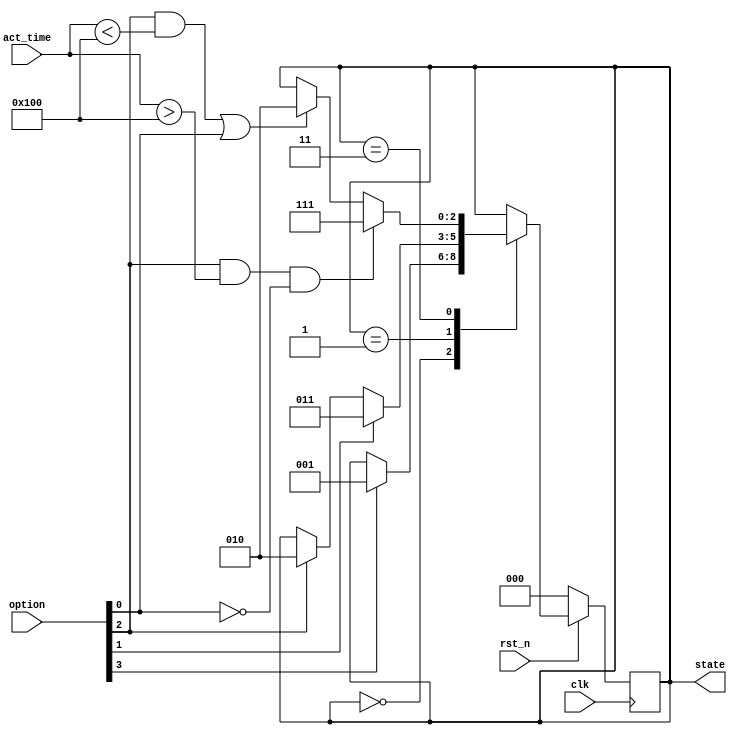
module fsm (
    input [3:0] option,//{start,react,get_rand,time_out}
    input [15:0] act_time,//
    input clk,
    input rst_n,//
    output reg[2:0] state//
);

//S0
//S1start----
//S3||||
//S2fail
//S4
parameter S0 = 3'b000, S1 = 3'b001, S2 = 3'b010, S3 = 3'b011, S4 = 3'b111;

always @(posedge clk) begin
if(rst_n == 1'b0) begin
    state <= S0;//S0
end
else begin
    case(state)
    S0:
    begin
        if(option[3]) begin
            state <= S1;
        end
        else begin
            state <= state;
        end
    end
    S1:
    begin
        if(option[1]) begin//
        state <= S3;
        end
        else if(option[2]) begin//
        state <= S2;
        end
        else begin
        state <= state;//S0
        end
    end
    S3:
    begin
        //100
        if(((option[2] == 1'b1) && (act_time > 16'd256)) && (option[0] == 1'b0)) begin
            state <= S4;
        end
        //100  
        else if(((option[2] == 1'b1) && (act_time < 16'd256)) || (option[0] == 1'b1)) begin
            state <= S2;
        end
        else begin
            state <= state;//
        end
    end
    default: 
    begin
        state <= state;
    end
    endcase
end
end
endmodule //fsm